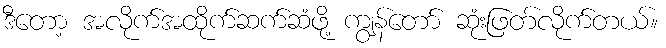
ဒီတော့ အလိုက်အထိုက်ဆက်ဆံဖို့ ကျွန်တော် ဆုံးဖြတ်လိုက်တယ်။